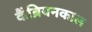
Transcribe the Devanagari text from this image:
कैंब्रियनकाल